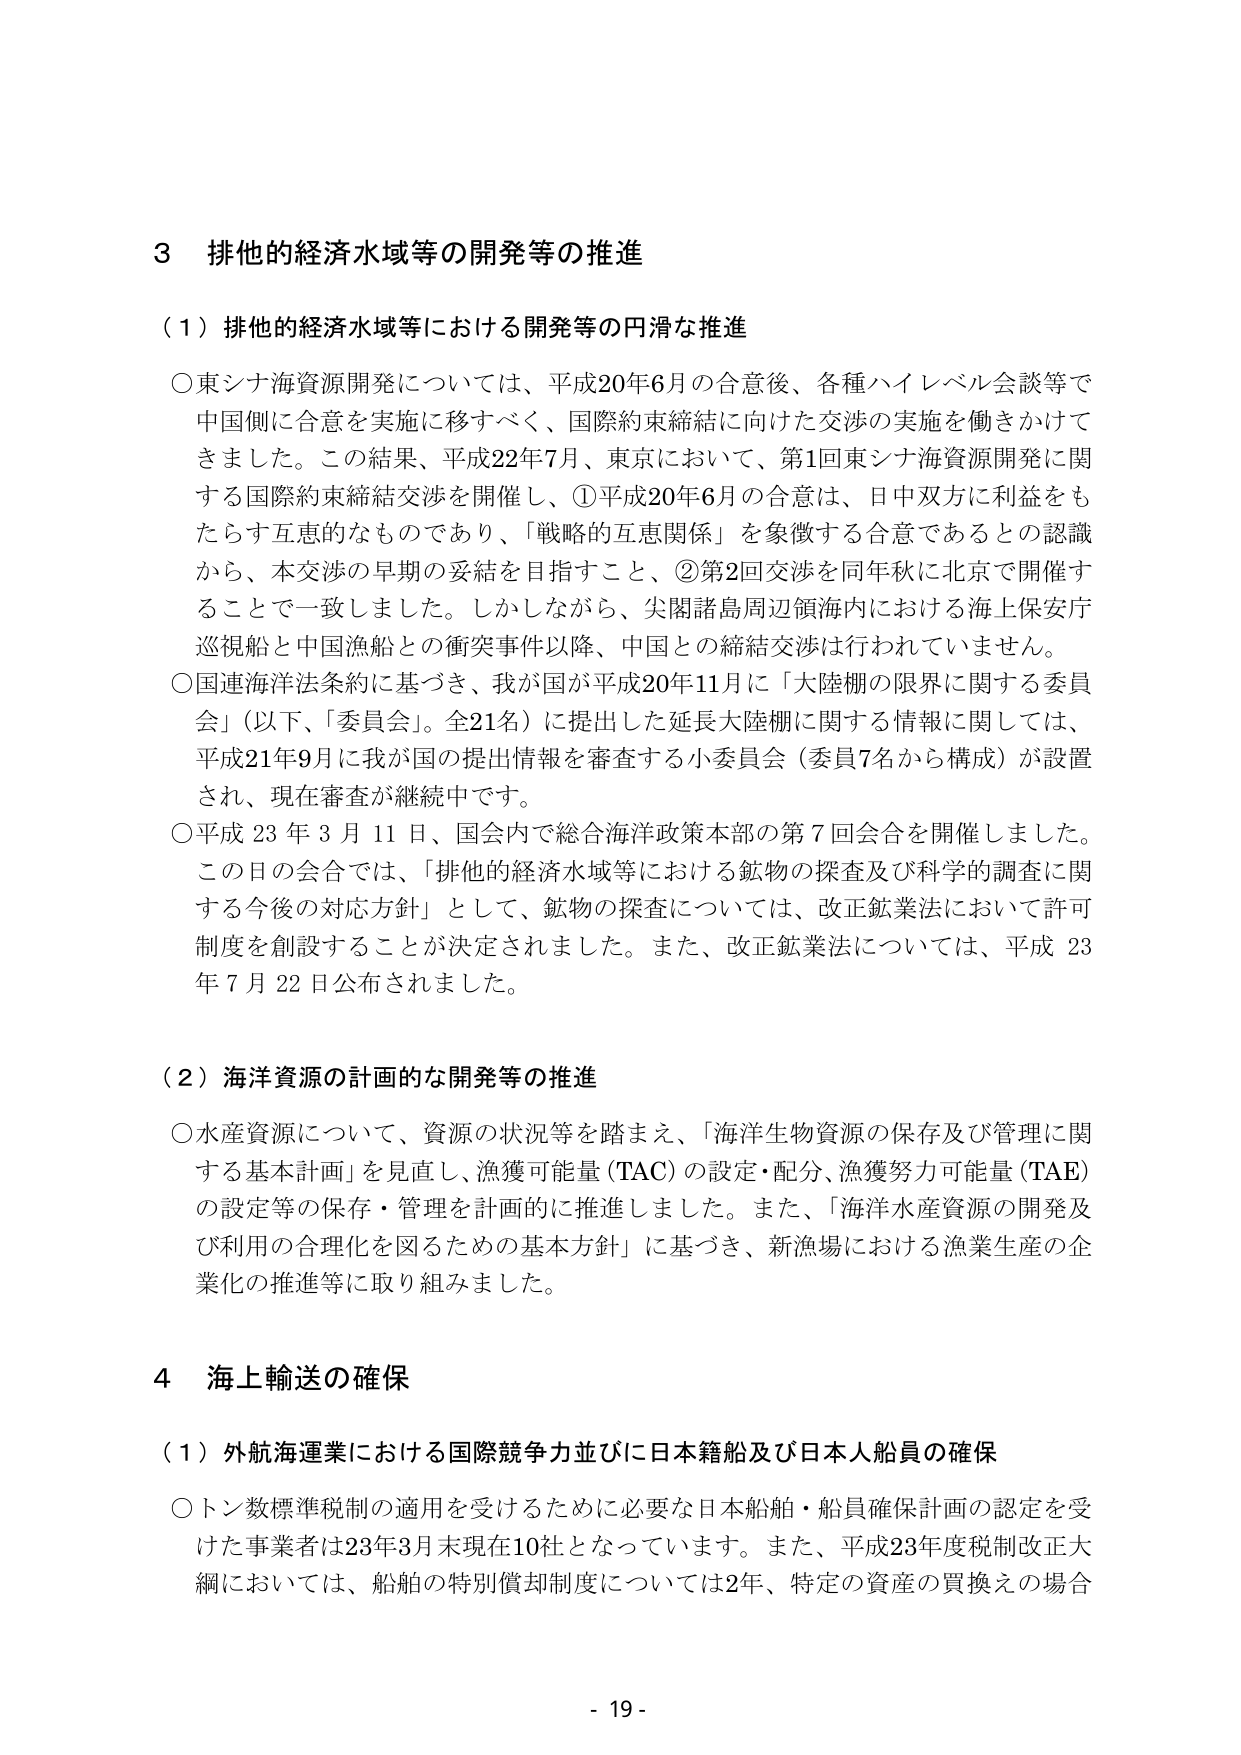
3 排他的経済水域等の開発等の推進

（1）排他的経済水域等における開発等の円滑な推進

○東シナ海資源開発については、平成20年6月の合意後、各種ハイレベル会談等で中国側に合意を実施に移すべく、国際約束締結に向けた交渉の実施を働きかけてきました。この結果、平成22年7月、東京において、第1回東シナ海資源開発に関する国際約束締結交渉を開催し、①平成20年6月の合意は、日中双方に利益をもたらす互恵的なものであり、「戦略的互恵関係」を象徴する合意であるとの認識から、本交渉の早期の妥結を目指すこと、②第2回交渉を同年秋に北京で開催することで一致しました。しかしながら、尖閣諸島周辺領海内における海上保安庁巡視船と中国漁船との衝突事件以降、中国との締結交渉は行われていません。

○国連海洋法条約に基づき、我が国が平成20年11月に「大陸棚の限界に関する委員会」（以下、「委員会」。全21名）に提出した延長大陸棚に関する情報に関しては、平成21年9月に我が国の提出情報を審査する小委員会（委員7名から構成）が設置され、現在審査が継続中です。

○平成23年3月11日、国会内で総合海洋政策本部の第7回会合を開催しました。この日の会合では、「排他的経済水域等における鉱物の探査及び科学的調査に関する今後の対応方針」として、鉱物の探査については、改正鉱業法において許可制度を創設することが決定されました。また、改正鉱業法については、平成23年7月22日公布されました。

（2）海洋資源の計画的な開発等の推進

○水産資源について、資源の状況等を踏まえ、「海洋生物資源の保存及び管理に関する基本計画」を見直し、漁獲可能量（TAC）の設定・配分、漁獲努力可能量（TAE）の設定等の保存・管理を計画的に推進しました。また、「海洋水産資源の開発及び利用の合理化を図るための基本方針」に基づき、新漁場における漁業生産の企業化の推進等に取り組みました。

4 海上輸送の確保

（1）外航海運業における国際競争力並びに日本籍船及び日本人船員の確保

○トン数標準税制の適用を受けるために必要な日本船舶・船員確保計画の認定を受けた事業者は23年3月末現在10社となっています。また、平成23年度税制改正大綱においては、船舶の特別償却制度については2年、特定の資産の買換えの場合

- 19 -